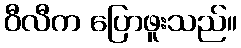
ဝီလီက ပြောဖူးသည်။